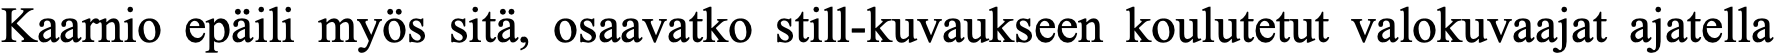
Kaarnio epäili myös sitä, osaavatko still-kuvaukseen koulutetut valokuvaajat ajatella